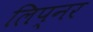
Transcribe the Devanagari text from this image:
लिप्नर